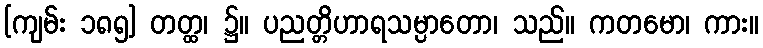
[ကျမ်း ၁၈၅] တတ္ထ၊ ၌။ ပညတ္တိဟာရသမ္ပာတော၊ သည်။ ကတမော၊ ကား။